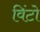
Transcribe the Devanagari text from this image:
विंटो